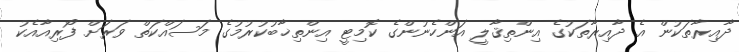
ދާއިރާތަކުން އެ ދާއިރާތަކުގެ އިންތިޤާލީ އަންހެނުންގެ ކޮމިޓީ އިންތިޚާބުކުރުމުގެ މަސައްކަތް ވަރަށް ފޯރިއާއެކު